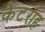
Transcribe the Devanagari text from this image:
कैटराह